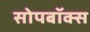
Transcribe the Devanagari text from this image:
सोपबॉक्स